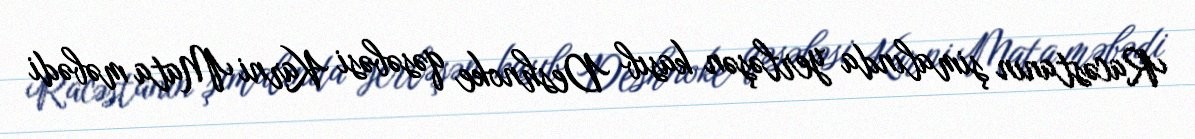
Racəstanın şimalında yerləşən kasıb Deshnoke qəsəbəsi Karni Mata məbədi